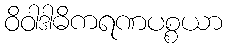
ဝိဝါဒါဓိကရဏပစ္စယာ